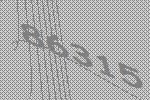
86315